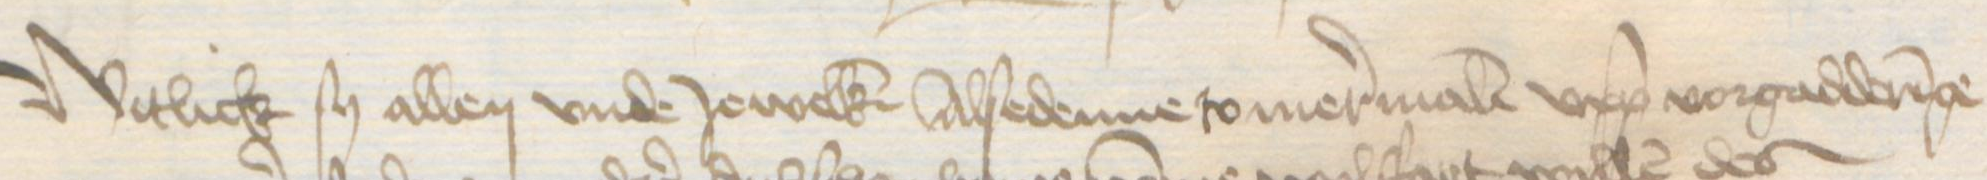
Witlich sy allen vnde Jewelken Alsedenne so mermalen upp vorgadderinge